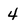
Character: 4